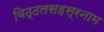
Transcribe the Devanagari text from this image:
विठ्ठलसहस्रनाम